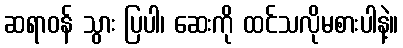
ဆရာဝန် သွား ပြပါ၊ ဆေးကို ထင်သလိုမစားပါနဲ့။